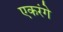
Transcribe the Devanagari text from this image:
एकरंगे